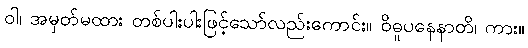
ဝါ၊ အမှတ်မထား တစ်ပါးပါးဖြင့်သော်လည်းကောင်း။ ဝိဓူပနေနာတိ၊ ကား။